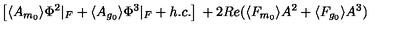
\left[ \langle A _ { m _ { 0 } } \rangle \Phi ^ { 2 } \vert _ { F } + \langle A _ { g _ { 0 } } \rangle \Phi ^ { 3 } \vert _ { F } + h . c . \right] { } + 2 R e ( \langle F _ { m _ { 0 } } \rangle A ^ { 2 } + \langle F _ { g _ { 0 } } \rangle A ^ { 3 } )